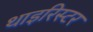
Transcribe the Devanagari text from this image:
थाइरिस्टर